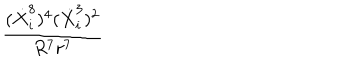
LaTeX: \frac { ( \dot { X } _ { i } ^ { 8 } ) ^ { 4 } ( \dot { X } _ { i } ^ { 3 } ) ^ { 2 } } { R ^ { 7 } r ^ { 7 } }